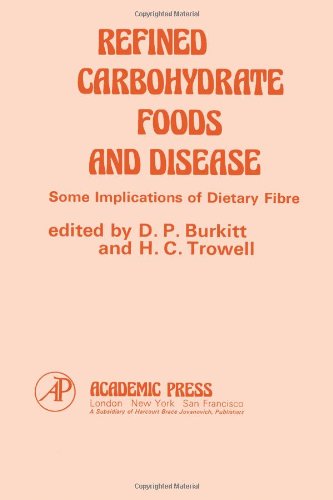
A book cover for Refined Carbohydrate Foods and Disease: Some Implications of Dietary Fibre; D. Burkitt; Health, Fitness & Dieting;